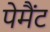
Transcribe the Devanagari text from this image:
पेमैंट